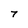
Character: 7